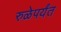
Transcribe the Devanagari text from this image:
रुळेपर्यंत